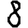
Digit: 8